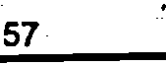
57